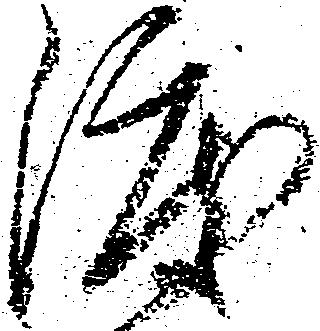
渡